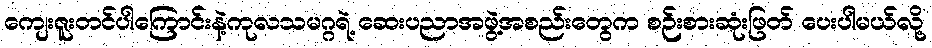
ကျေးဇူးတင်ပါကြောင်းနဲ့ကုလသမဂ္ဂရဲ့ ဆေးပညာအဖွဲ့အစည်းတွေက စဉ်းစားဆုံးဖြတ် ပေးပါမယ်လို့